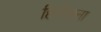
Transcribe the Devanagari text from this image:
हिरोजना